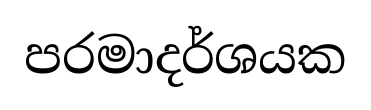
පරමාදර්ශයක